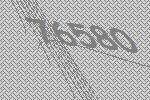
76580